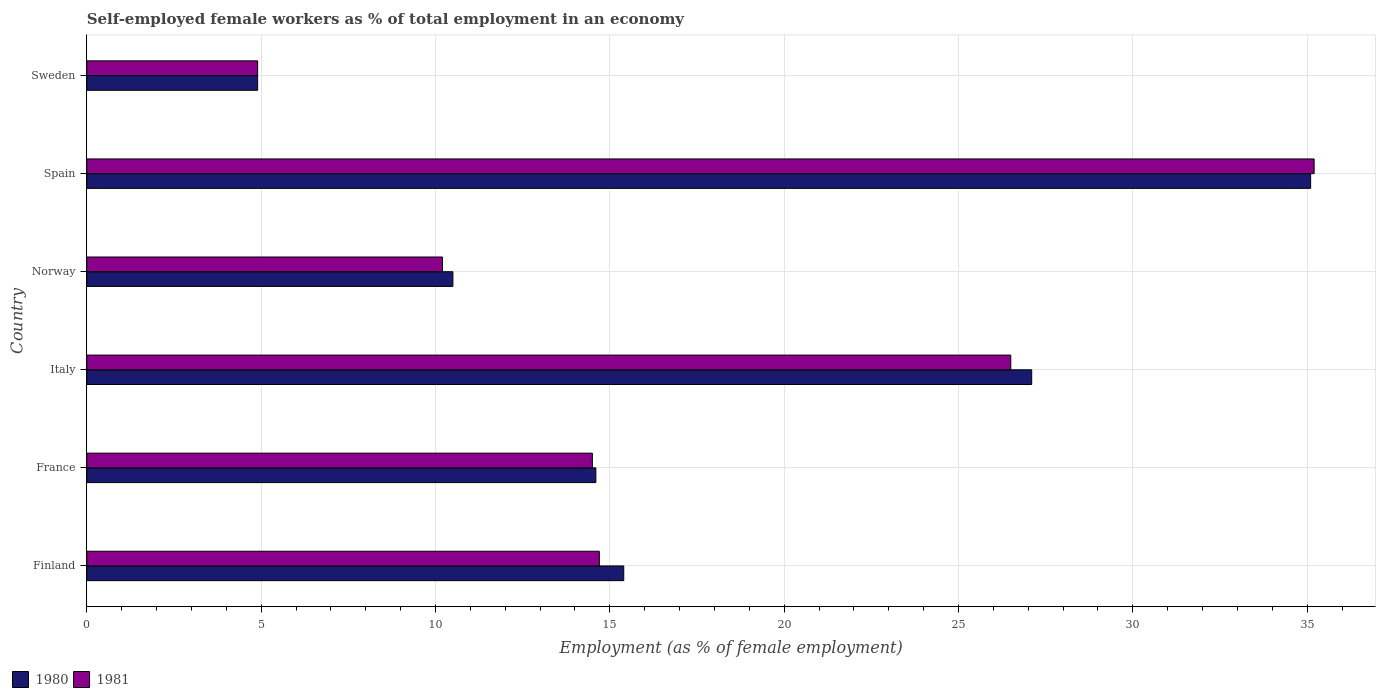
| Country | 1980 | 1981 |
 | --- | --- | --- |
 | Finland | 15.4 | 14.7 |
 | France | 14.6 | 14.5 |
 | Italy | 27.1 | 26.5 |
 | Norway | 10.5 | 10.2 |
 | Spain | 35.1 | 35.2 |
 | Sweden | 4.9 | 4.9 |